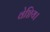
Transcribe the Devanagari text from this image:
वेष्टिय।